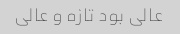
عالی بود تازه و عالی